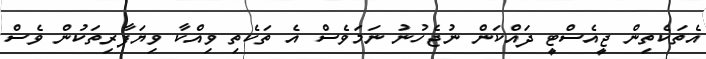
އެތަކެތިން ޖީއެސްޓީ ދައްކަން ނުޖެހުނު ނަމަވެސް އެ ތަކެތި ވިއްކާ ވިޔަފާރިތަކުން ވެސް